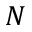
N